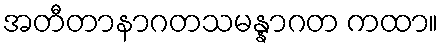
အတီတာနာဂတသမန္နာဂတ ကထာ။